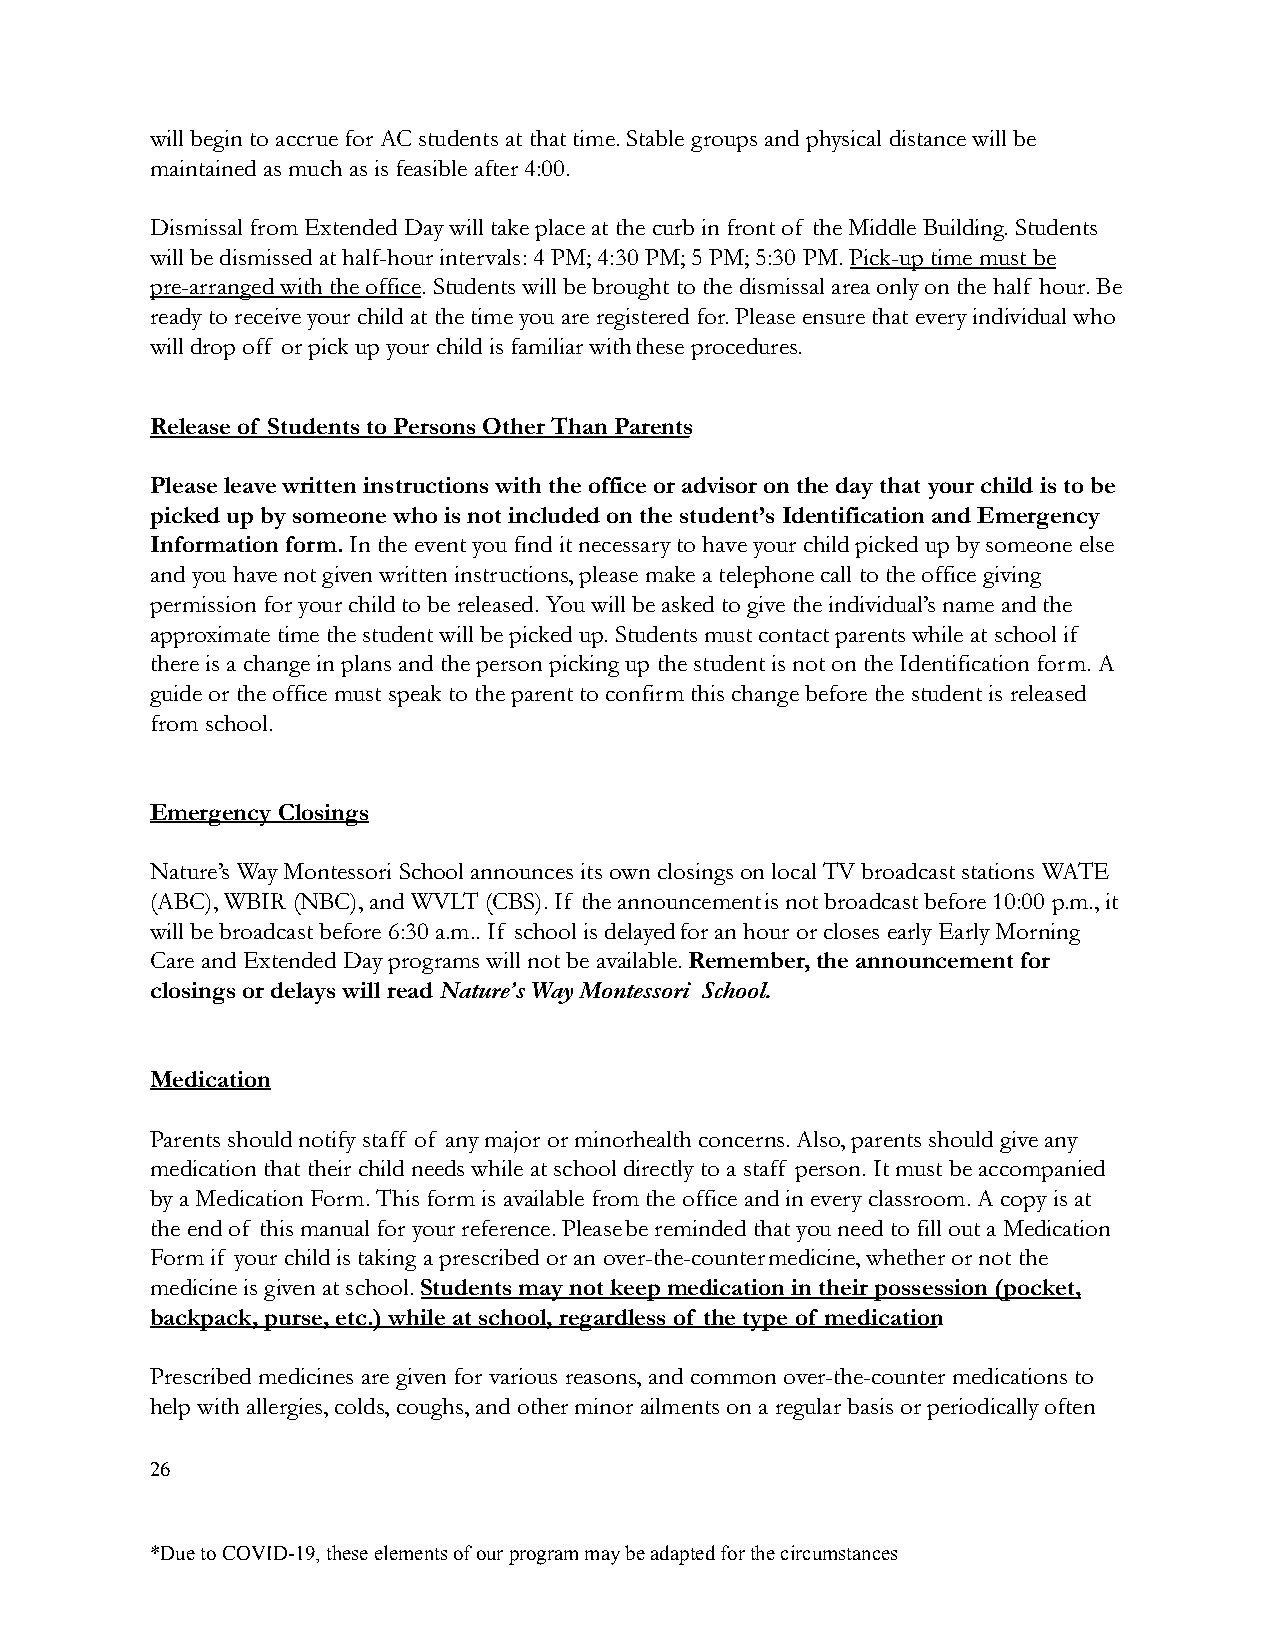
will begin to accrue for AC students at that time. Stable groups and physical distance will be
 maintained as much as is feasible after 4:00.
 Dismissal from Extended Day will take place at thecurb in front of the Middle Building. Students
 will be dismissed at half-hour intervals: 4 PM; 4:30 PM; 5 PM; 5:30 PM.Pick-up time must be
 pre-arranged with the office. Students will be broughtto the dismissal area only on the half hour. Be
 ready to receive your child at the time you are registered for. Please ensure that every individual who
 will drop off or pick up your child is familiar withthese procedures.
 Release of Students to Persons Other Than Parents
 Please leave written instructions with the officeor advisor on the day that your child is to be
 picked up by someone who is not included on the student’sIdentification and Emergency
 Information form.In the event you find it necessaryto have your child picked up by someone else
 and you have not given written instructions, please make a telephone call to the office giving
 permission for your child to be released. You will be asked to give the individual’s name and the
 approximate time the student will be picked up. Studentsmust contact parents while at school if
 there is a change in plans and the person pickingup the student is not on the Identification form. A
 guide or the office must speak to the parent to confirmthis change before the student is released
 from school.
 Emergency Closings
 Nature’s Way Montessori School announces its own closings on local TV broadcast stations WATE
 (ABC), WBIR (NBC), and WVLT (CBS). If the announcementis not broadcast before 10:00 p.m., it
 will be broadcast before 6:30 a.m.. If school is delayedfor an hour or closes early Early Morning
 Care and Extended Day programs will not be available.Remember, the announcement for
 closings or delays will readNature’s Way Montessori School.
 Medication
 Parents should notify staff of any major or minorhealth concerns. Also, parents should give any
 medication that their child needs while at school directly to a staff person. It must be accompanied
 by a Medication Form. This form is available fromthe office and in every classroom. A copy is at
 the end of this manual for your reference. Pleasebe reminded that you need to fill out a Medication
 Form if your child is taking a prescribed or an over-the-countermedicine, whether or not the
 medicine is given at school.Students may not keep medication in their possession (pocket,
 backpack, purse, etc.) while at school, regardlessof the type of medication.
 Prescribed medicines are given for various reasons, and common over-the-counter medications to
 help with allergies, colds, coughs, and other minorailments on a regular basis or periodically often
 26
 *Due to COVID-19, these elements of our program maybe adapted for the circumstances